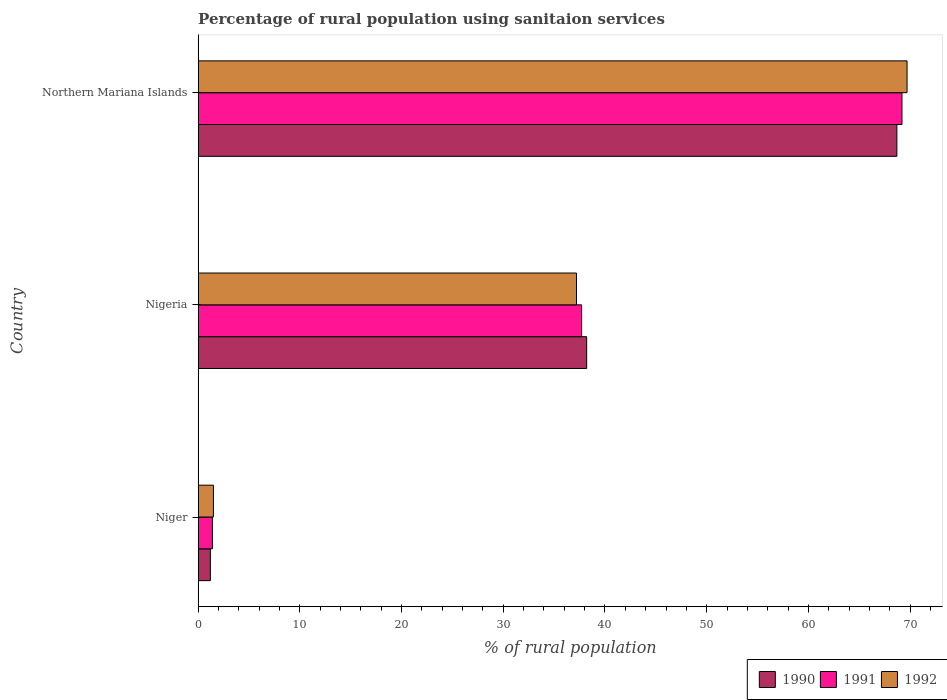
| Country | 1990 | 1991 | 1992 |
 | --- | --- | --- | --- |
 | Niger | 1.2 | 1.4 | 1.5 |
 | Nigeria | 38.2 | 37.7 | 37.2 |
 | Northern Mariana Islands | 68.7 | 69.2 | 69.7 |